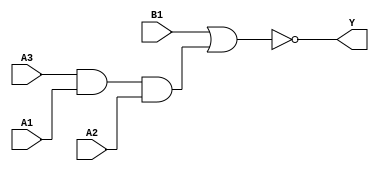
module sky130_fd_sc_ls__a31oi_3 (
    Y ,
    A1,
    A2,
    A3,
    B1
);
    output Y ;
    input  A1;
    input  A2;
    input  A3;
    input  B1;
    wire and0_out  ;
    wire nor0_out_Y;
    and and0 (and0_out  , A3, A1, A2     );
    nor nor0 (nor0_out_Y, B1, and0_out   );
    buf buf0 (Y         , nor0_out_Y     );
endmodule